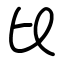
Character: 比